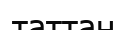
таттан